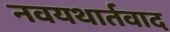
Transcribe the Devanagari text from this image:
नवयथार्तवाद